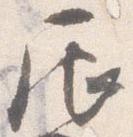
辰